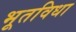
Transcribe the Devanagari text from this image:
भूतविधा